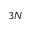
3 N